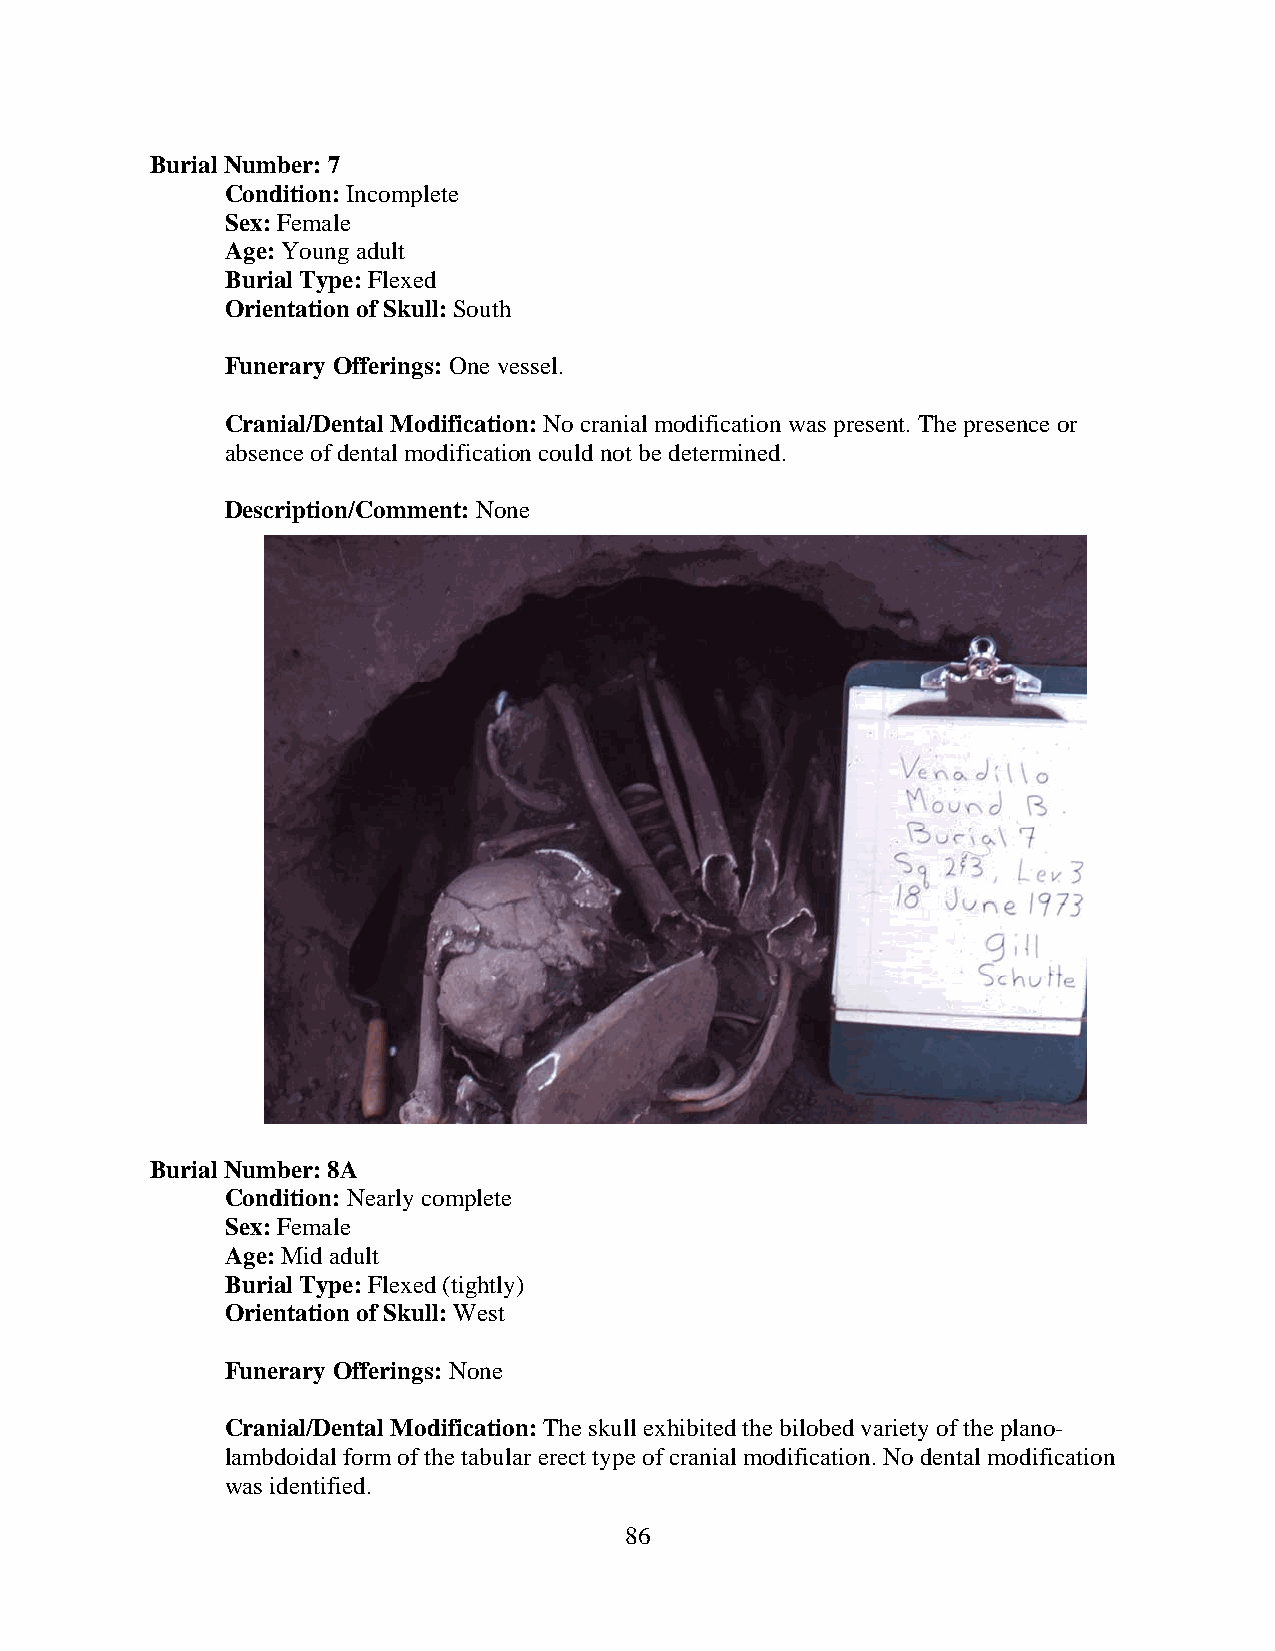
Burial Number: 7
 Condition: Incomplete
 Sex: Female
 Age: Young adult
 Burial Type: Flexed
 Orientation of Skull: South
 Funerary Offerings: One vessel.
 Cranial/Dental Modification: No cranial modification was present. The presence or
 absence of dental modification could not be determined.
 Description/Comment: None
 Burial Number: 8A
 Condition: Nearly complete
 Sex: Female
 Age: Mid adult
 Burial Type: Flexed (tightly)
 Orientation of Skull: West
 Funerary Offerings: None
 Cranial/Dental Modification: The skull exhibited the bilobed variety of the plano-
 lambdoidal form of the tabular erect type of cranial modification. No dental modification
 was identified.
 86